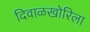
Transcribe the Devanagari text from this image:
दिवाळखोरिला